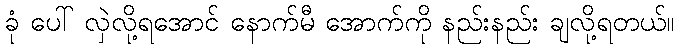
ခုံ ပေါ် လှဲလို့ရအောင် နောက်မီ အောက်ကို နည်းနည်း ချလို့ရတယ်။